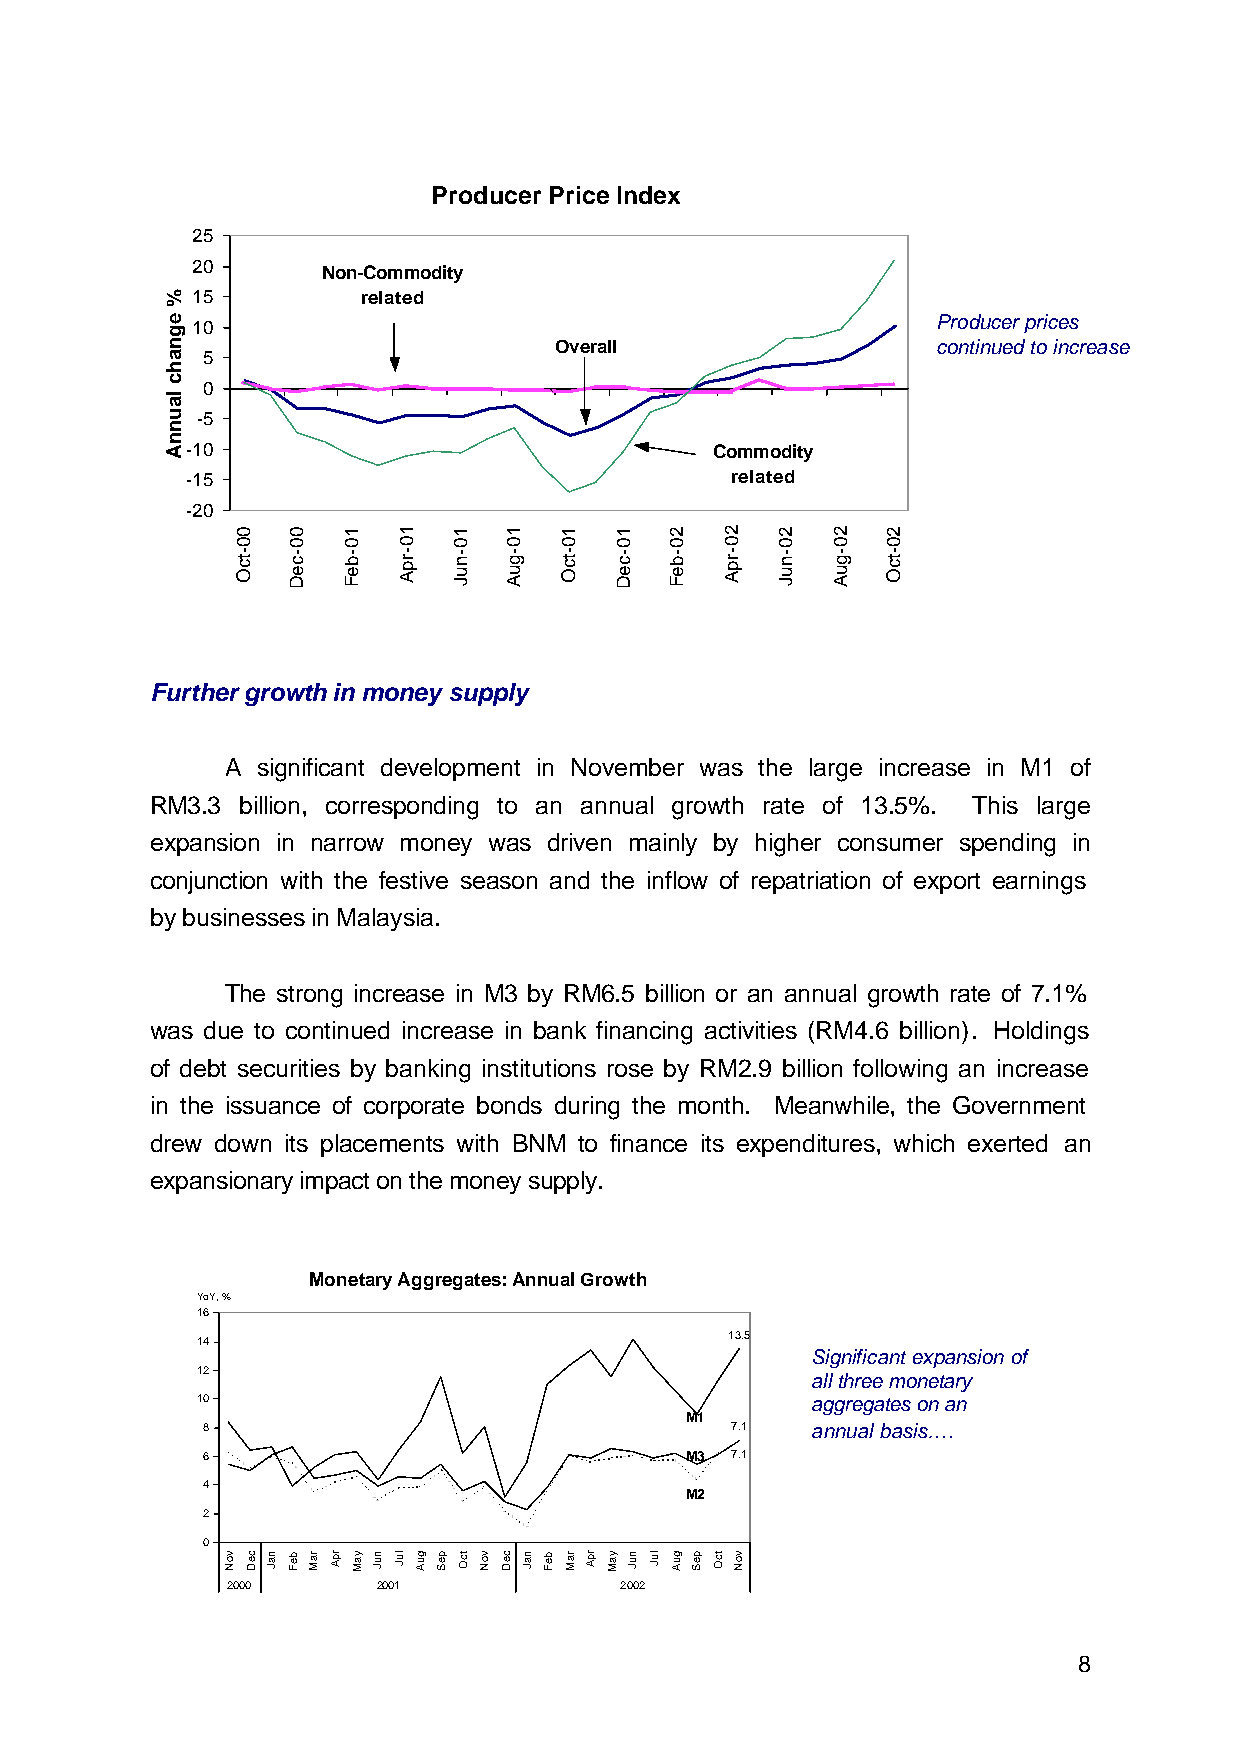
Producer Price Index
 25
 20      Non-Commodity
 15         related
 10                                               Producer prices
 Overall                  continued to increase
 5
 0
 `
 -5
 -10                                Commodity
 -15                                 related
 -20
 Further growth in money supply
 A significant development in November was the large increase in M1 of
 RM3.3 billion, corresponding to an annual growth rate of 13.5%. This large
 expansion in narrow money was driven mainly by higher consumer spending in
 conjunction with the festive season and the inflow of repatriation of export earnings
 by businesses in Malaysia.
 The strong increase in M3 by RM6.5 billion or an annual growth rate of 7.1%
 was due to continued increase in bank financing activities (RM4.6 billion). Holdings
 of debt securities by banking institutions rose by RM2.9 billion following an increase
 in the issuance of corporate bonds during the month. Meanwhile, the Government
 drew down its placements with BNM to finance its expenditures, which exerted an
 expansionary impact on the money supply.
 Monetary Aggregates: Annual Growth
 YoY, %
 16
 14                                 13.5
 Significant expansion of
 12
 all three monetary
 10                                       aggregates on an
 M1
 8                                  7.1   annual basis….
 6                               M3 7.1
 4
 M2
 2
 0
 2000      2001            2002
 8
 %
 egnahc
 launnA
 voN
 00-tcO
 ceD naJ
 00-ceD
 beF raM rpA
 10-beF
 yaM nuJ
 10-rpA
 luJ guA peS
 10-nuJ
 tcO voN
 10-guA
 ceD naJ beF
 10-tcO
 raM rpA yaM
 10-ceD
 nuJ luJ
 20-beF
 guA peS tcO
 20-rpA
 voN
 20-nuJ 20-guA 20-tcO